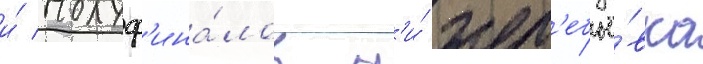
и́ полуф'ина́лов н'и́ жер'ебьё́вка